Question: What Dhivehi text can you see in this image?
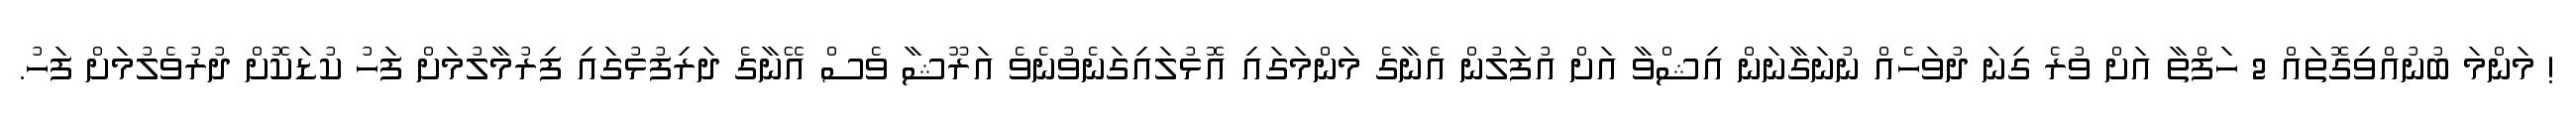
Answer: ! މަންމަ ބުނުއްވިގޮތައް 2 ހަފްތާ އަށް ވުރެ ގިނަ ދުވަހެއް ނުނަގާނަން އިޝްވާ އަށް އުފަލުން އެނާގެ މަންމަގައި އޮޅުލައިގަނެވުނެވެ އަރޫޝާ ވެސް އޭނާގެ ދަރިފުޅުގައި ފިރުމާލުމަށް ފަހު ކުޑަކޮށް ދުރުވެލުމަށް ފަހު.